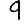
Digit: 9